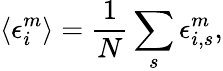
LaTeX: \left<\epsilon_{i}^{m}\right>=\frac{1}{N}\sum_{s}\epsilon_{i,s}^{m},